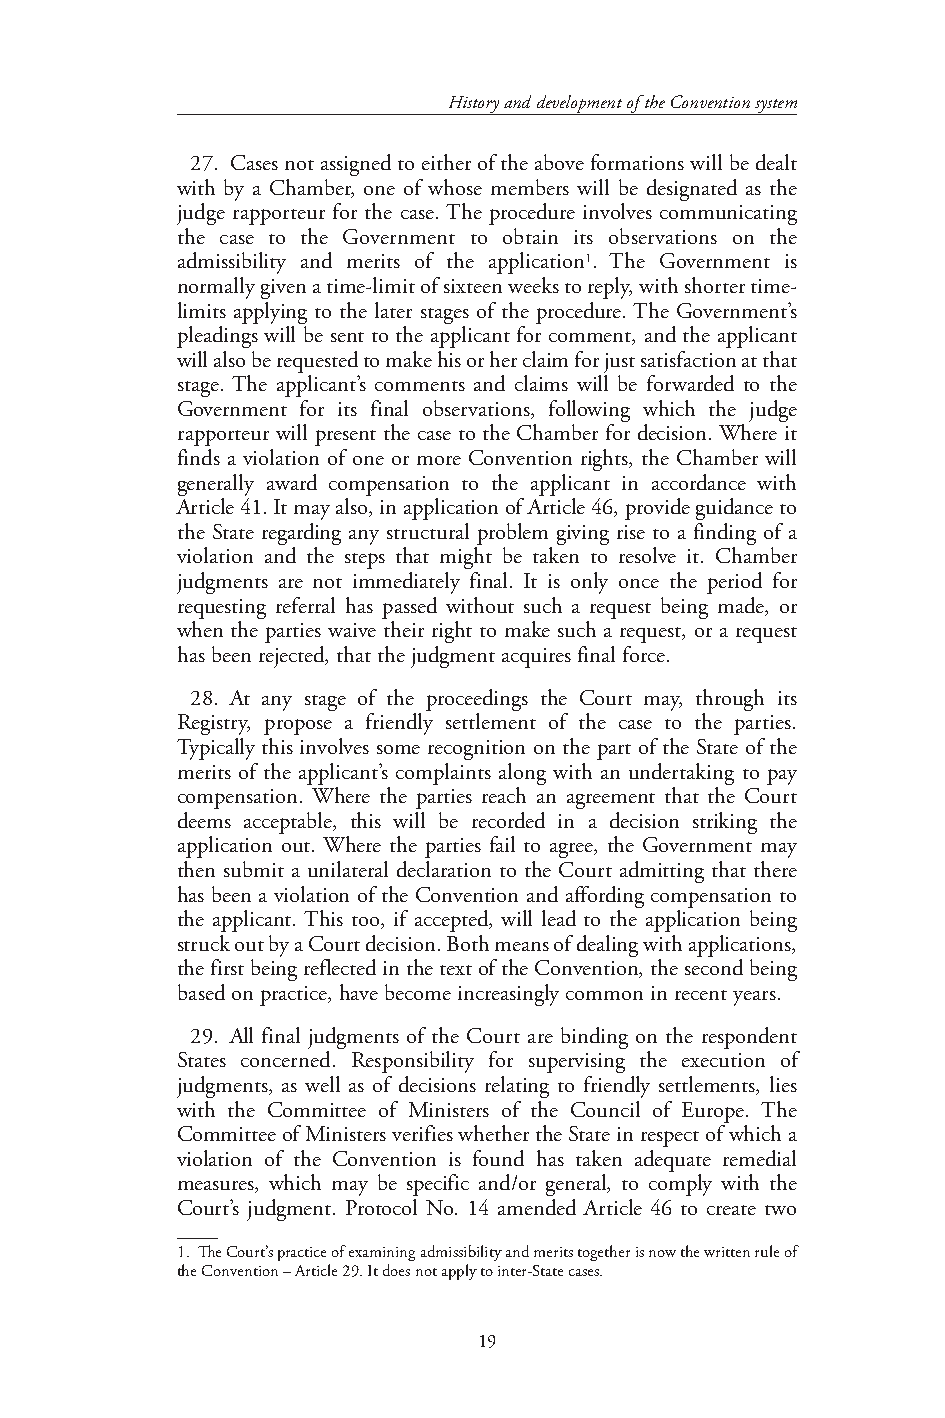
History and development of the Convention system
 27. Cases not assigned to either of the above formations will be dealt
 with by a Chamber, one of whose members will be designated as the
 judge rapporteur for the case. The procedure involves communicating
 the case to the Government to obtain its observations on the
 admissibility and merits of the application1. The Government is
 normally given a time-limit of sixteen weeks to reply, with shorter time-
 limits applying to the later stages of the procedure. The Government’s
 pleadings will be sent to the applicant for comment, and the applicant
 will also be requested to make his or her claim for just satisfaction at that
 stage. The applicant’s comments and claims will be forwarded to the
 Government for its final observations, following which the judge
 rapporteur will present the case to the Chamber for decision. Where it
 finds a violation of one or more Convention rights, the Chamber will
 generally award compensation to the applicant in accordance with
 Article 41. It may also, in application of Article 46, provide guidance to
 the State regarding any structural problem giving rise to a finding of a
 violation and the steps that might be taken to resolve it. Chamber
 judgments are not immediately final. It is only once the period for
 requesting referral has passed without such a request being made, or
 when the parties waive their right to make such a request, or a request
 has been rejected, that the judgment acquires final force.
 28. At any stage of the proceedings the Court may, through its
 Registry, propose a friendly settlement of the case to the parties.
 Typically this involves some recognition on the part of the State of the
 merits of the applicant’s complaints along with an undertaking to pay
 compensation. Where the parties reach an agreement that the Court
 deems acceptable, this will be recorded in a decision striking the
 application out. Where the parties fail to agree, the Government may
 then submit a unilateral declaration to the Court admitting that there
 has been a violation of the Convention and affording compensation to
 the applicant. This too, if accepted, will lead to the application being
 struck out by a Court decision. Both means of dealing with applications,
 the first being reflected in the text of the Convention, the second being
 based on practice, have become increasingly common in recent years.
 29. All final judgments of the Court are binding on the respondent
 States concerned. Responsibility for supervising the execution of
 judgments, as well as of decisions relating to friendly settlements, lies
 with the Committee of Ministers of the Council of Europe. The
 Committee of Ministers verifies whether the State in respect of which a
 violation of the Convention is found has taken adequate remedial
 measures, which may be specific and/or general, to comply with the
 Court’s judgment. Protocol No. 14 amended Article 46 to create two
 1. The Court’s practice of examining admissibility and merits together is now the written rule of
 the Convention – Article 29. It does not apply to inter-State cases.
 19